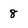
Character: 8